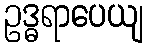
ဥဒ္ဓရာပေယျ